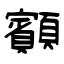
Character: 顮